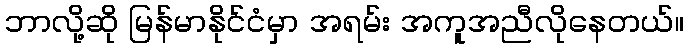
ဘာလို့ဆို မြန်မာနိုင်ငံမှာ အရမ်း အကူအညီလိုနေတယ်။